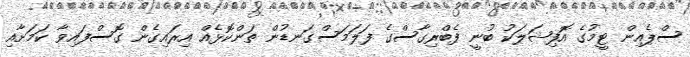
ސްޕެއިން ޓީމުގެ އޮފިޝަލަކު ބުނީ ފެބްރިގާސްގެ ފަލަމަސްގަނޑުން ތަންކޮޅެއް އިރައިގެން ގޮސްފައިވާ ކަމަށާއި